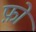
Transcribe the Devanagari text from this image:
फ़ों